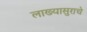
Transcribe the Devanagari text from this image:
लाख्यासुराचे